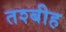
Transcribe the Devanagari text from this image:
तश्बीह